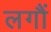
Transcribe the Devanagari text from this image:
लगौं